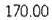
170.00